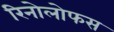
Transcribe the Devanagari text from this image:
रिनोलोफस